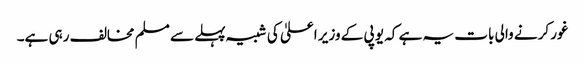
غور کرنے والی بات یہ ہے کہ یو پی کے وزیر اعلیٰ کی شبیہ پہلے سے مسلم مخالف رہی ہے۔